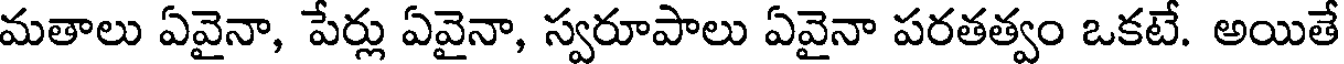
మతాలు ఏవైనా, పేర్లు ఏవైనా, స్వరూపాలు ఏవైనా పరతత్వం ఒకటే. అయితే